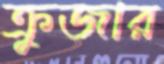
ক্রুজার